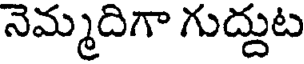
నెమ్మదిగా గుద్దుట